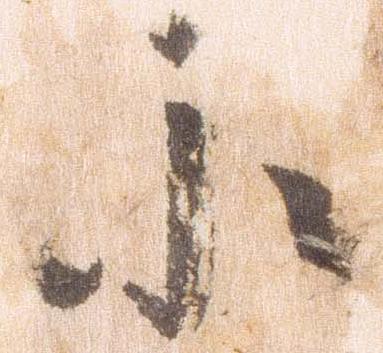
小